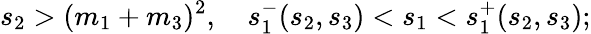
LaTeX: s_{2}>(m_{1}+m_{3})^{2},\quad s_{1}^{-}(s_{2},s_{3})<s_{1}<s_{1}^{+}(s_{2},s_{3});